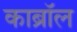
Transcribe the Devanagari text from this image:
काब्रॉल